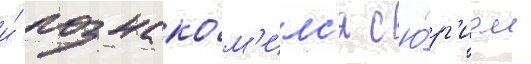
и́ познако́м'илс'я с ю́р'ием